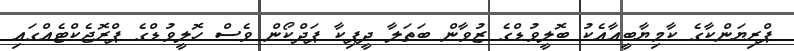
ޕްރިޔަންކާގެ ކާމިޔާބީއާއެކު ބޮލީވުޑްގެ ޒުވާން ބަތަލާ ދީޕިކާ ޕަދްކޯން ވެސް ހޮލީވުޑްގެ ޕްރޮޖެކްޓެއްގައި